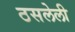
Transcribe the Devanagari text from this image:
ठसलेली